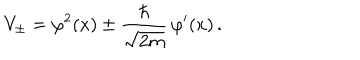
V _ { \pm } = \varphi ^ { 2 } ( x ) \pm \frac { \hbar } { \sqrt { 2 m } } \, \varphi ^ { \prime } ( x ) \, .